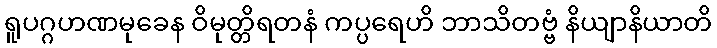
ရူပဂ္ဂဟဏမုခေန ဝိမုတ္တိရတနံ ကပ္ပရေဟိ ဘာသိတဗ္ဗံ နိယျာနိယာတိ